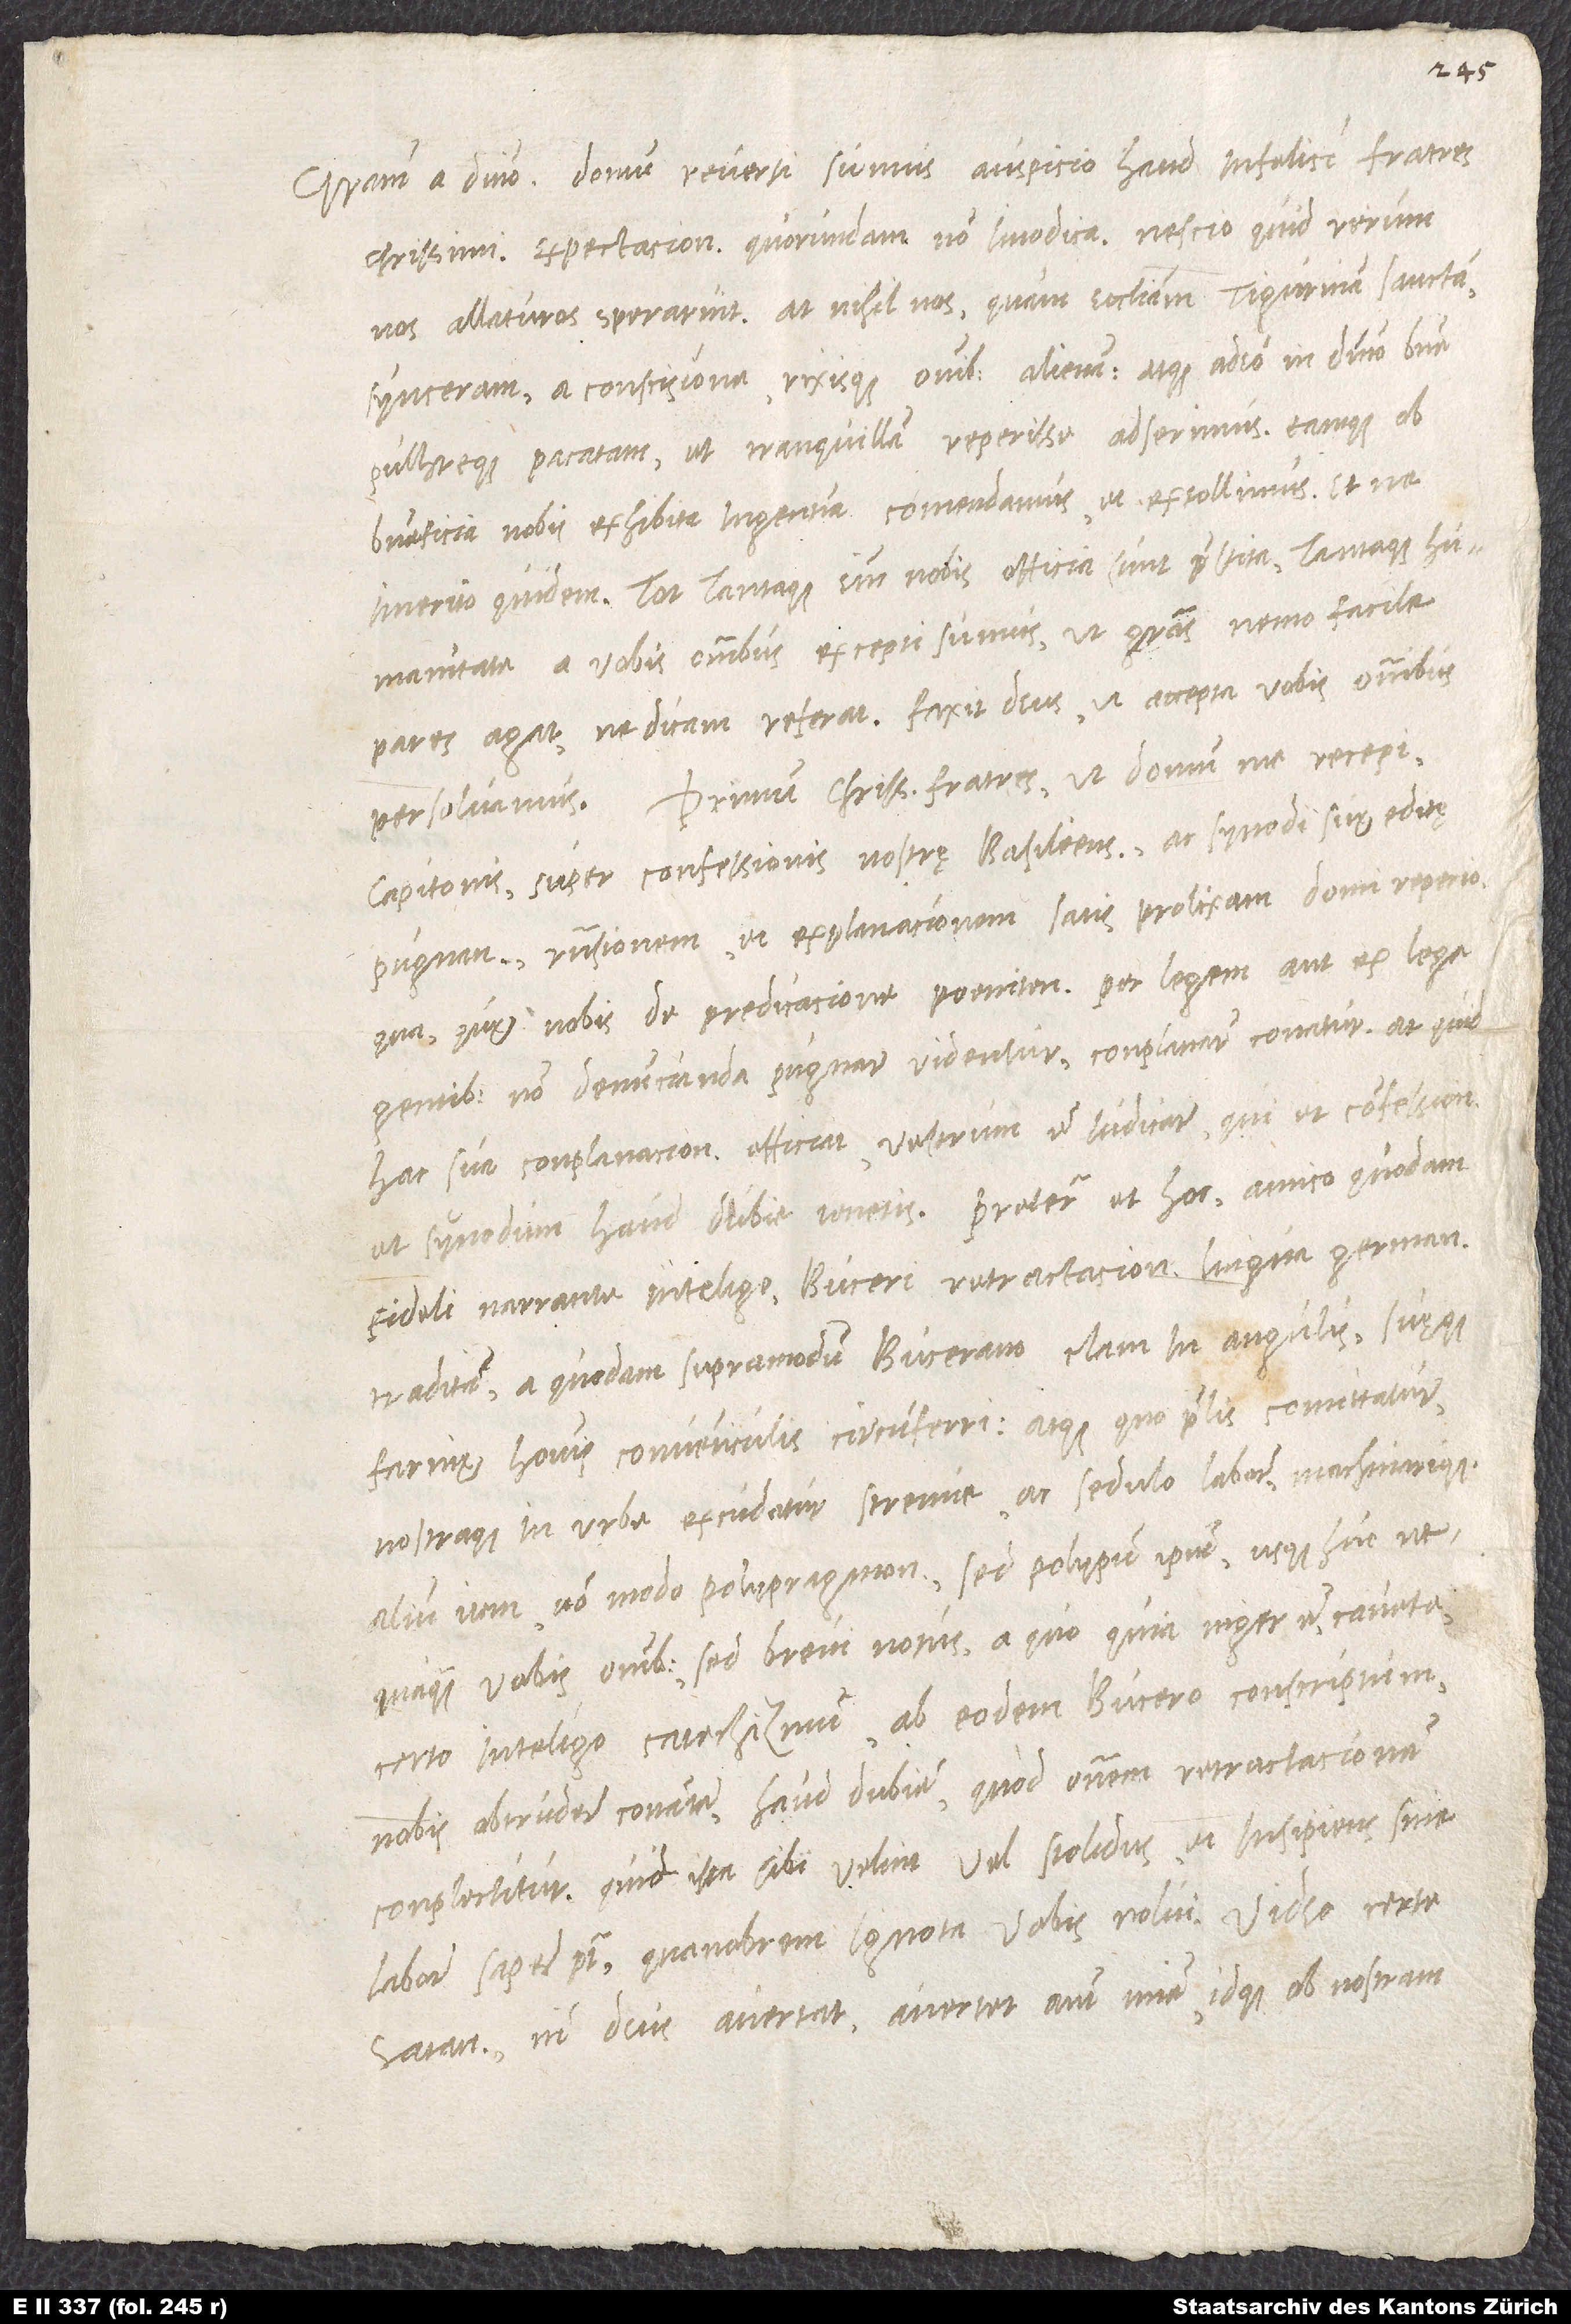
Gratiam a domino. Domum reversi sumus auspicio haud infelici, fratres
charissimi, expectacione quorundam non imodica; nescio, quid rerum
nos allaturos sperarint. At nihil nos quam ecclesiam Tigurinam sanctam,
synceram, a conscisione rixisque omnibus alienam atque adeo in domino bene
pulchreque pacatam et tranquillam reperisse adserimus eamque ob
beneficia nobis exhibita ingentia comendamus et extollimus, et ne
imerito quidem. Tot tantaque enim nobis officia sunt praestita tantaque
humanitate a vobis omnibus excepti sumus, ut gratias nemo facile
pares agat, ne dicam referat. Faxit deus, ut accepta vobis omnibus
persolvamus! Primum, charissimi fratres, ut domum me recepi,
Capitonis super confessionis nostrę Basiliensis ac synodi suę editę
pugnantibus responsionem et explanacionem satis prolixam domi reperio,
qua, quę nobis de predicacione, poenitentia per legem aut ex lege
gentibus non denuncianda pugnare videntur, conplanare conatur. At quid
hac sua conplanacione efficiat, vestrum est iudicare, qui et confessionem
et synodum haud dubie tenetis. Preterea et hoc amico quodam
fideli narrante inteligo, Buceri Retractacionem lingua Germanica
traditam a quodam supramodum Bucerano clam in angulis suęque
farinae hominum conventiculis circumferri atque, quo prelis comittatur
nostraque in urbe excudatur, strenue ac sedulo laborare machinarique.